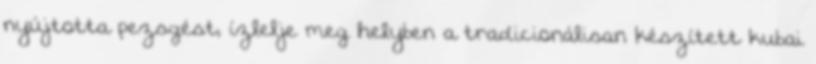
nyújtotta pezsgést, ízlelje meg helyben a tradicionálisan készített kubai